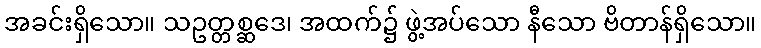
အခင်းရှိသော။ သဥတ္တစ္ဆဒေ၊ အထက်၌ ဖွဲ့အပ်သော နီသော ဗိတာန်ရှိသော။